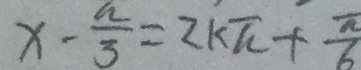
x - \frac { a } { 3 } = 2 k \pi + \frac { \pi } { 6 }